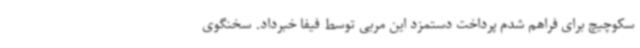
سکوچیچ برای فراهم شدم پرداخت دستمزد این مربی توسط فیفا خبرداد. سخنگوی